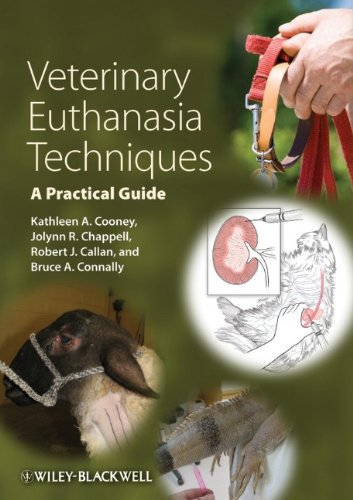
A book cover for Veterinary Euthanasia Techniques: A Practical Guide; Kathleen Cooney; Medical Books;